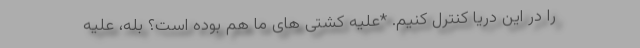
را در این دریا کنترل کنیم. *علیه کشتی های ما هم بوده است؟ بله، علیه